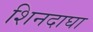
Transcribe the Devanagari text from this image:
शिनदाघा